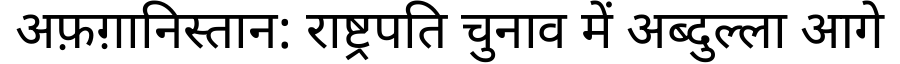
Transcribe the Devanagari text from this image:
अफ़ग़ानिस्तान: राष्ट्रपति चुनाव में अब्दुल्ला आगे